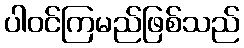
ပါဝင်ကြမည်ဖြစ်သည်